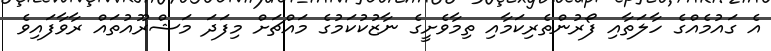
އެ ގައުމެއްގެ ހާލަތާއި ފޯރުންތެރިކަމާއި ތިމާވެށީގެ ނާޒުކުކަމުގެ މައްޗަށް މިފަދަ މަޝްރޫއުތައް ރާވާފައިވެ